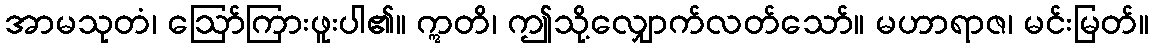
အာမသုတံ၊ ဩော်ကြားဖူးပါ၏။ ဣတိ၊ ဤသို့လျှောက်လတ်သော်။ မဟာရာဇ၊ မင်းမြတ်။